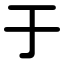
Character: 于